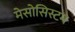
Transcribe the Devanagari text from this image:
मेसोसिस्टम